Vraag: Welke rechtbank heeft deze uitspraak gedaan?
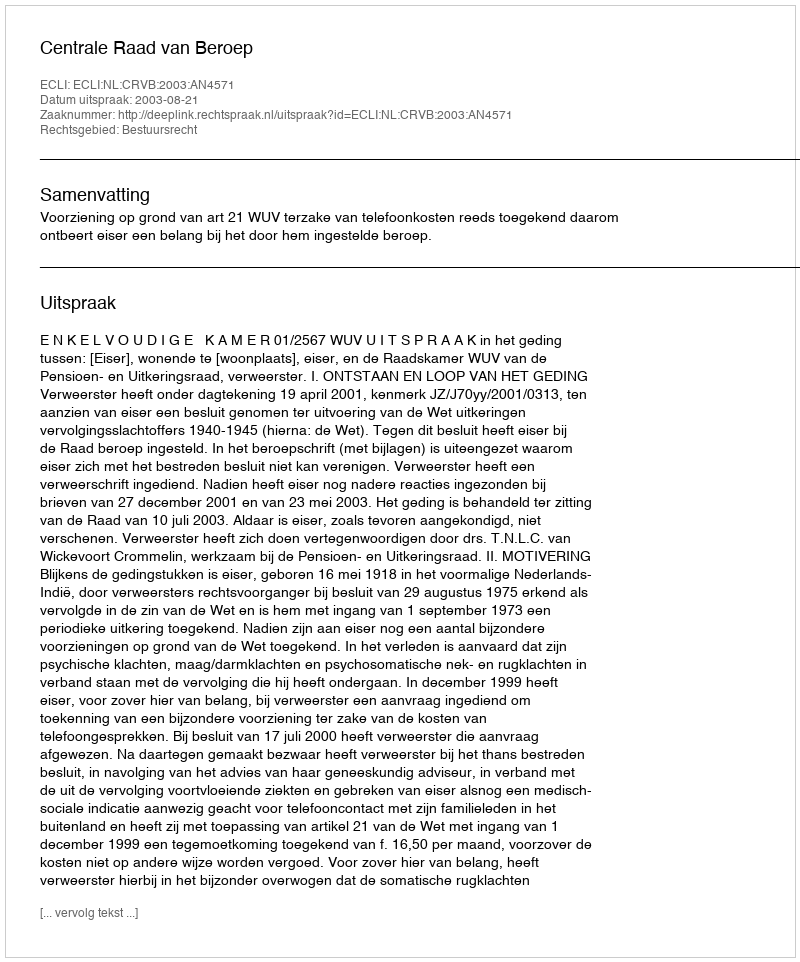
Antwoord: Centrale Raad van Beroep